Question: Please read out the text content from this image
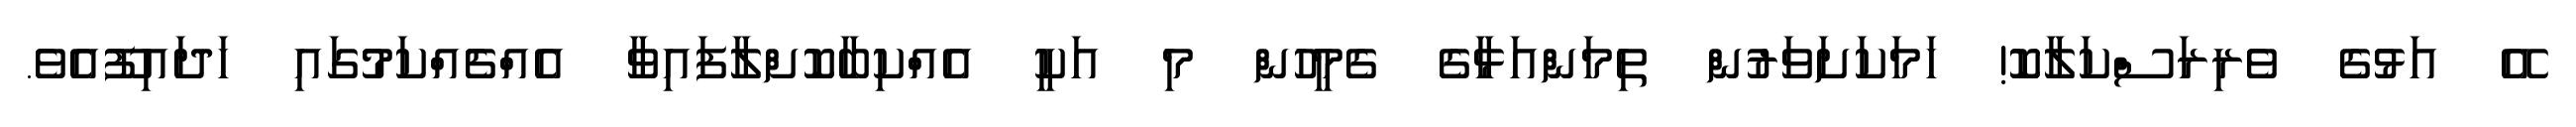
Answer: އޭ އަޅުގެ ވެރިރަސްކަލާކޮ! ހަމަކަށަވަރުން ތިމަންއަޅާގެ ގެމީހުން މި އަކީ އެއްކިބާކޮށްލާފައިވާ އެއްޗެއްކަމުގައި ހަދައިފޫއެވެ.